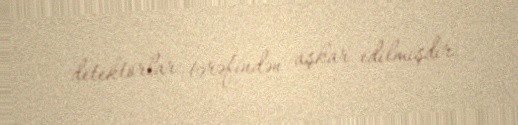
detektorlar tərəfindən aşkar edilmişdir.